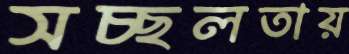
সচ্ছলতায়